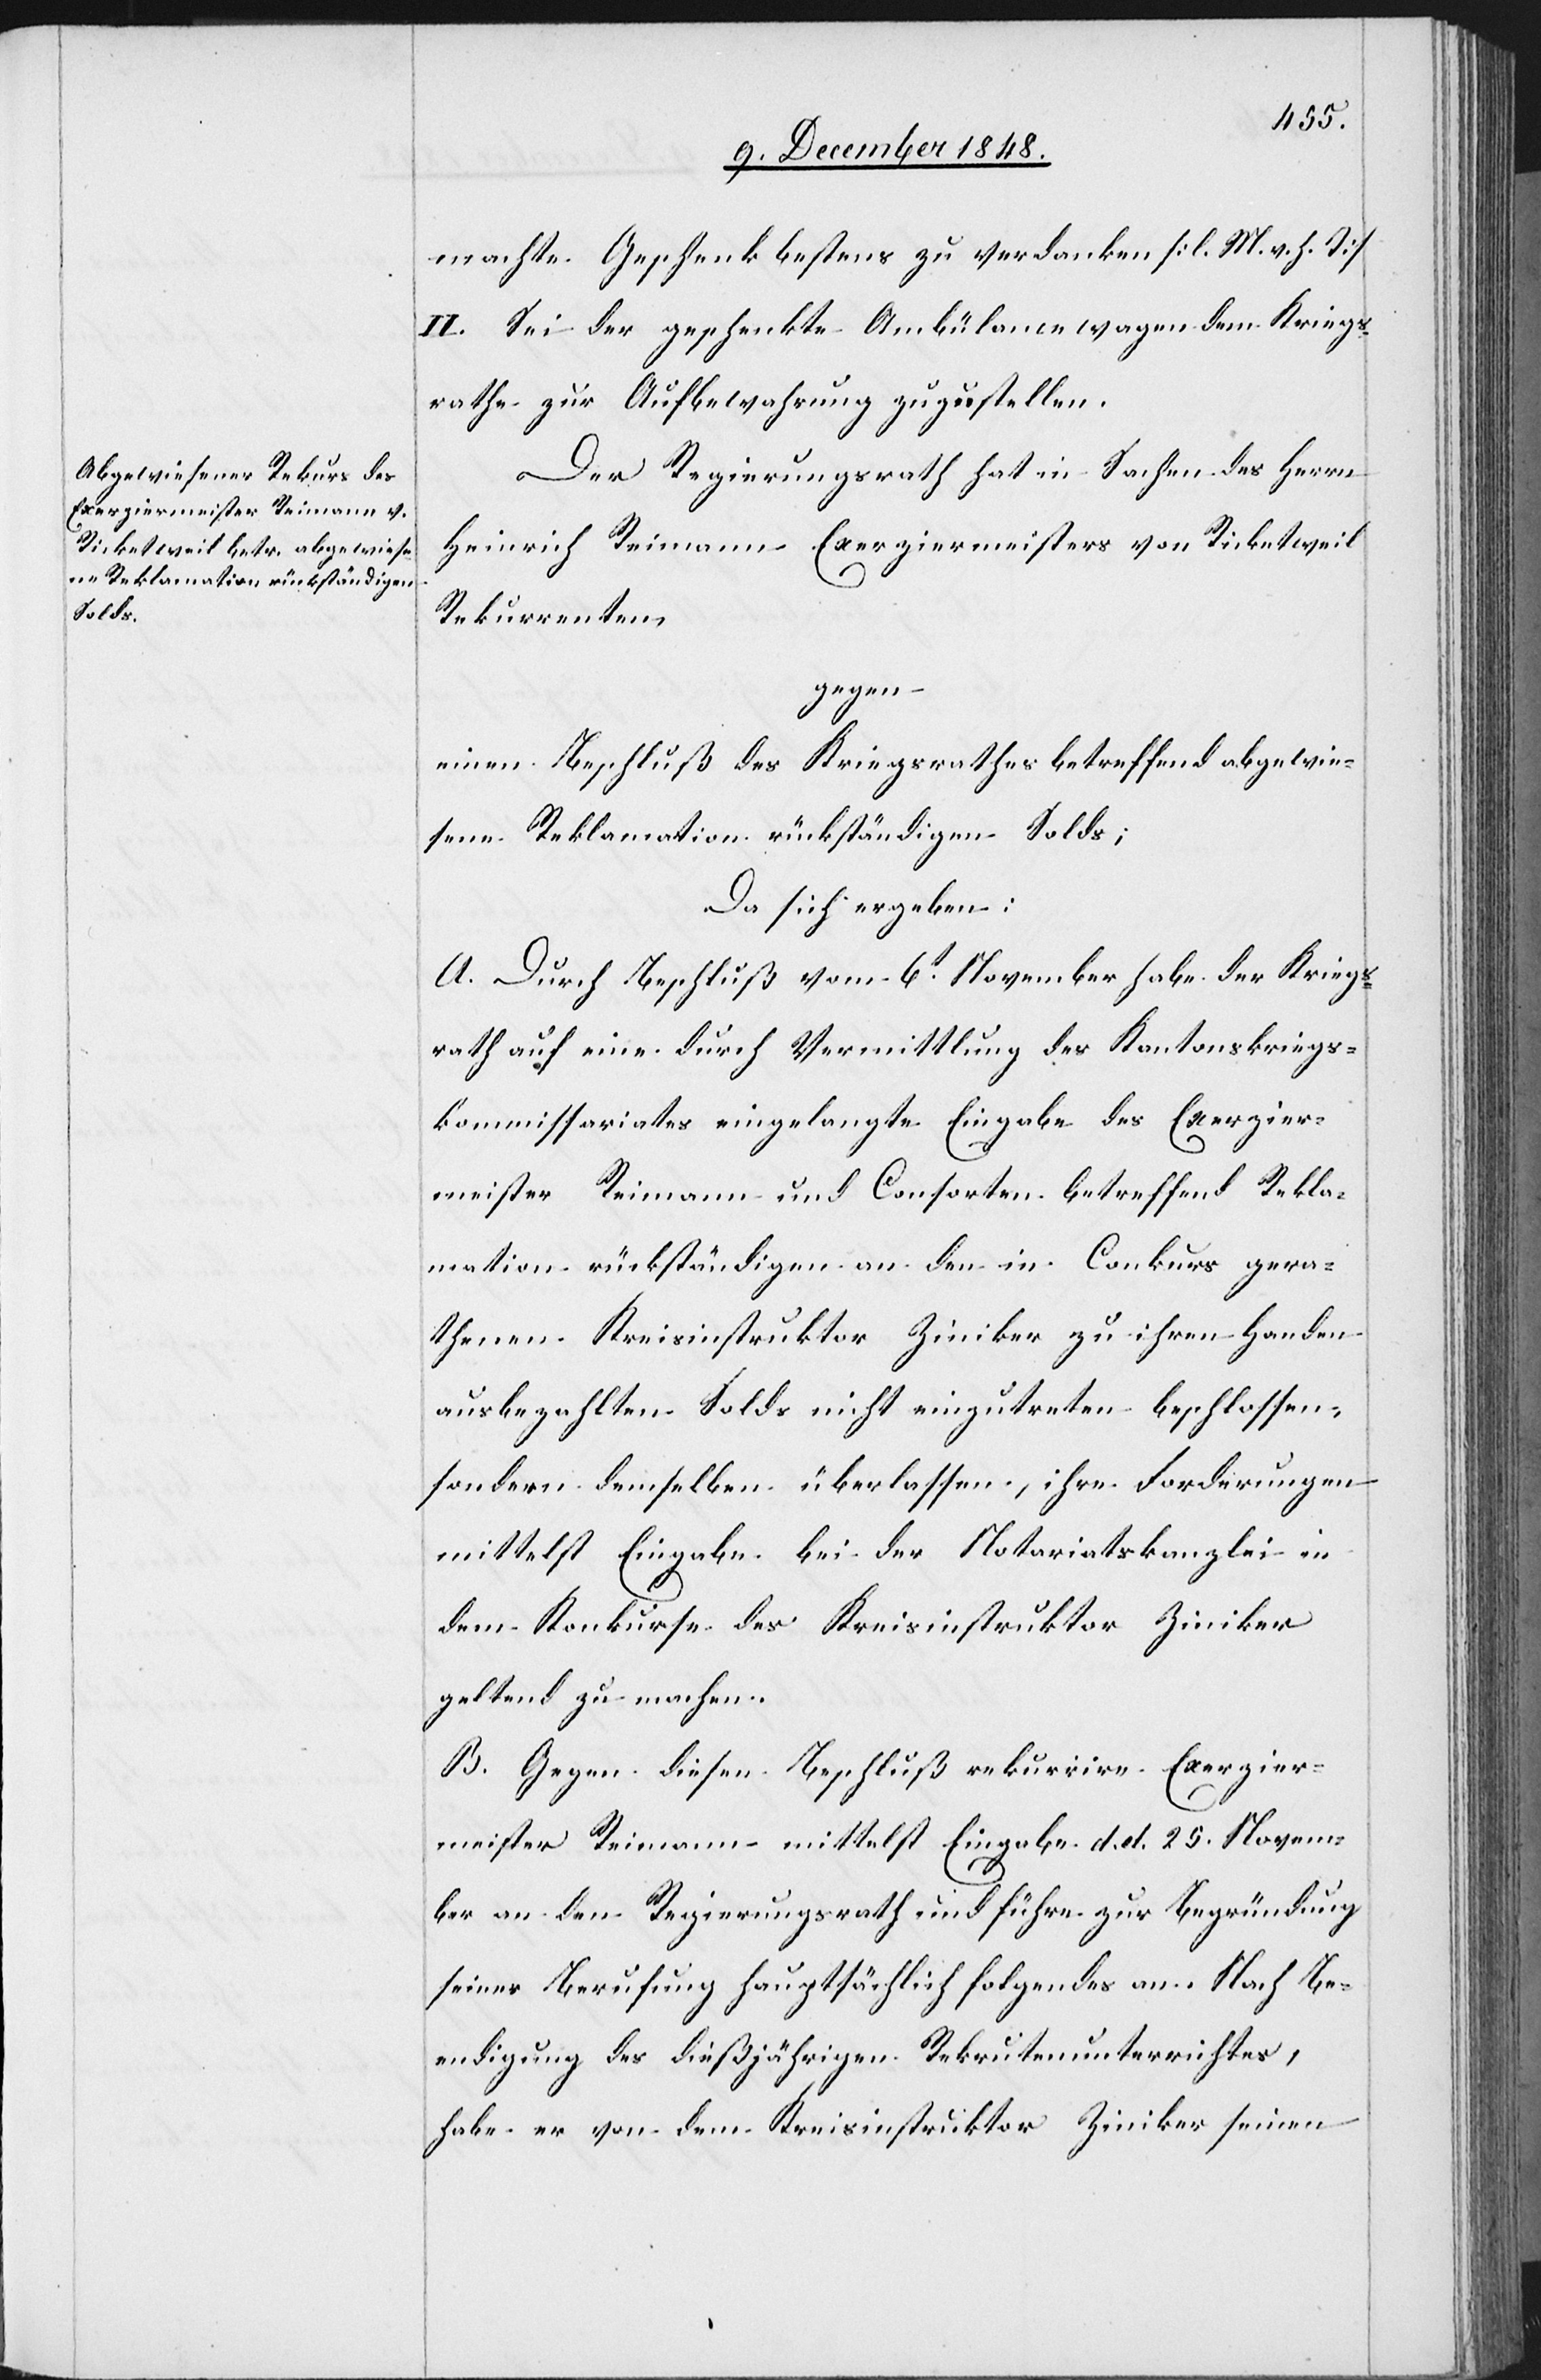
machte Geschenk bestens zu verdanken [l. M. v. h. T.]
II. Sei der geschenkte Ambülancewagen dem Kriegs¬
rathe zur Aufbewahrung zuzustellen.
Der Regierungsrath hat in Sachen des Herrn
Heinrich Reimann Exerziermeisters von Ricketweil
Rekurrenten
gegen
einen Beschluß des Kriegsrathes betreffend abgewie¬
sene Reklamation rückständigen Solds;
Da sich ergeben:
A. Durch Beschluß vom 6t November habe der Kriegs¬
rath auf eine durch Vermittlung des Kantonskriegs¬
kommissariates eingelangte Eingabe des Exerzier¬
meister Reimann und Consorten betreffend Rekla¬
mation rückständigen an den in Conkurs gera¬
thenen Kreisinstruktor Ziniker zu ihren Handen
ausbezahlten Solds nicht einzutreten beschlossen,
sondern demselben überlassen, ihre Forderungen
mittelst Eingabe bei der Notariatskanzlei in
dem Konkurse des Kreisinstruktor Ziniker
geltend zu machen.
B. Gegen diesen Beschluß rekurrire Exerzier¬
meister Reimann mittelst Eingabe d. d. 25. Novem¬
ber an den Regierungsrath und führe zur Begründung
seiner Berufung hauptsächlich folgendes an. Nach Be¬
endigung des dießjährigen Rekrutenunterrichtes,
habe er von dem Kreisinstruktor Ziniker seinen